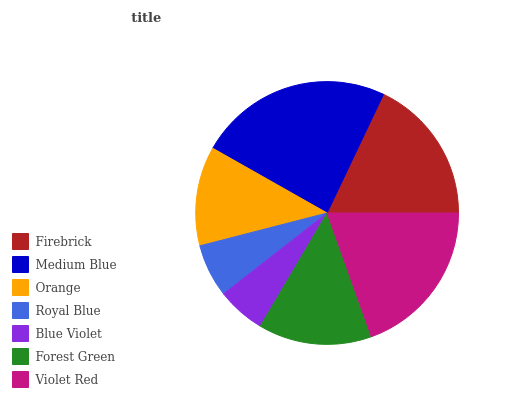
| Firebrick | Medium Blue | Orange | Royal Blue | Blue Violet | Forest Green | Violet Red |
 | --- | --- | --- | --- | --- | --- | --- |
 | 18% | 23.8% | 12.2% | 6.53% | 5.96% | 13.9% | 19.6% |